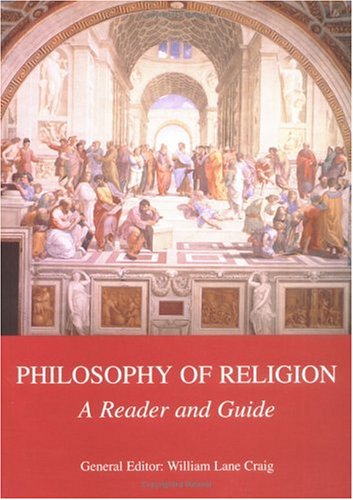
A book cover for Philosophy of Religion: A Reader and Guide; William Lane Craig; Religion & Spirituality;